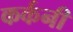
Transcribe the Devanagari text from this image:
कर्कनी